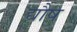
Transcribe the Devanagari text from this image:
द्यौष